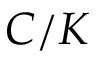
C / K